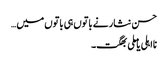
حسن نثار نے باتوں ہی باتوں میں…
نااہلی یا ملی بھگت۔